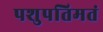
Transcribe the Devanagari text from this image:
पशुपतिमतं